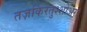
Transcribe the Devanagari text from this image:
तज़किरतुश्शोअरा